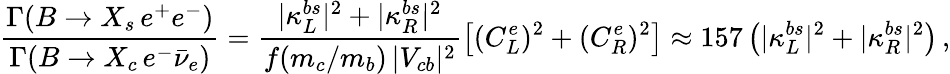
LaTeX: \frac{\Gamma(B\to X_{s}\, e^{+}e^{-})}{\Gamma(B\to X_{c}\, e^{-}\bar{\nu}_{e})}=\frac{|\kappa_{L}^{bs}|^{2}+|\kappa_{R}^{bs}|^{2}}{f(m_{c}/m_{b})\, |V_{cb}|^{2}}\left[(C_{L}^{e})^{2}+(C_{R}^{e})^{2}\right]\approx 157\left(|\kappa_{L}^{bs}|^{2}+|\kappa_{R}^{bs}|^{2}\right)\, ,